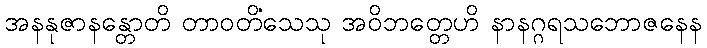
အနနုဇာနန္တောတိ တာဝတိံသေသု အဝိဘတ္တေဟိ နာနဂ္ဂရသဘောဇနေန